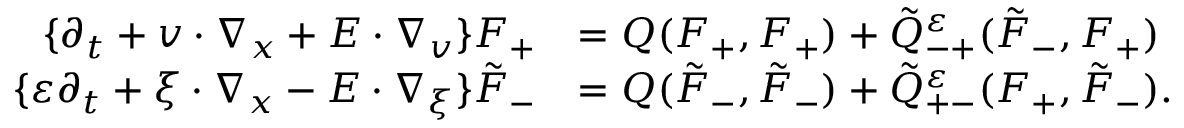
\begin{array} { r l } { \{ \partial _ { t } + v \cdot \nabla _ { x } + E \cdot \nabla _ { v } \} F _ { + } } & { = Q ( F _ { + } , F _ { + } ) + \tilde { Q } _ { - + } ^ { \varepsilon } ( \tilde { F } _ { - } , F _ { + } ) } \\ { \{ \varepsilon \partial _ { t } + \xi \cdot \nabla _ { x } - E \cdot \nabla _ { \xi } \} \tilde { F } _ { - } } & { = Q ( \tilde { F } _ { - } , \tilde { F } _ { - } ) + \tilde { Q } _ { + - } ^ { \varepsilon } ( F _ { + } , \tilde { F } _ { - } ) . } \end{array}